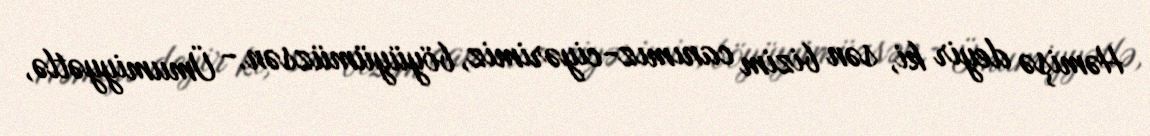
Həmişə deyir ki, sən bizim canımız-ciyərimiz, böyüyümüzsən.- Ümumiyyətlə,